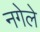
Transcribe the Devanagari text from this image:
नगेले